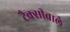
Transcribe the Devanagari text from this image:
टैक्सीवाले